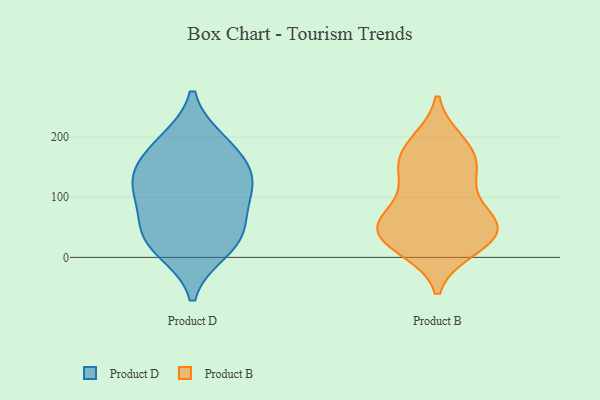
{"axis": {"x": "Inventory Turnover", "y": "Value"}, "legend": ["Product B", "Product D"], "data": [{"x": "", "y": 35, "type": "Product D"}, {"x": "", "y": 13, "type": "Product D"}, {"x": "", "y": 110, "type": "Product D"}, {"x": "", "y": 113, "type": "Product D"}, {"x": "", "y": 64, "type": "Product D"}, {"x": "", "y": 182, "type": "Product D"}, {"x": "", "y": 31, "type": "Product D"}, {"x": "", "y": 191, "type": "Product D"}, {"x": "", "y": 132, "type": "Product D"}, {"x": "", "y": 143, "type": "Product D"}, {"x": "", "y": 53, "type": "Product B"}, {"x": "", "y": 78, "type": "Product B"}, {"x": "", "y": 46, "type": "Product B"}, {"x": "", "y": 46, "type": "Product B"}, {"x": "", "y": 185, "type": "Product B"}, {"x": "", "y": 68, "type": "Product B"}, {"x": "", "y": 16, "type": "Product B"}, {"x": "", "y": 52, "type": "Product B"}, {"x": "", "y": 138, "type": "Product B"}, {"x": "", "y": 191, "type": "Product B"}, {"x": "", "y": 170, "type": "Product B"}, {"x": "", "y": 147, "type": "Product B"}, {"x": "", "y": 131, "type": "Product B"}, {"x": "", "y": 23, "type": "Product B"}, {"x": "", "y": 28, "type": "Product B"}]}